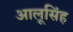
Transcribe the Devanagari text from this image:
आलूसिंह